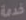
خدمة